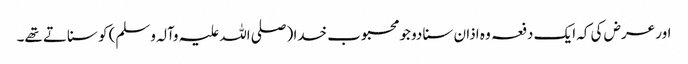
اور عرض کی کہ ایک دفعہ وہ اذان سنا دو جو محبوب خدا (صلی اللہ علیہ وآلہ وسلم) کو سناتے تھے۔